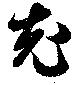
老